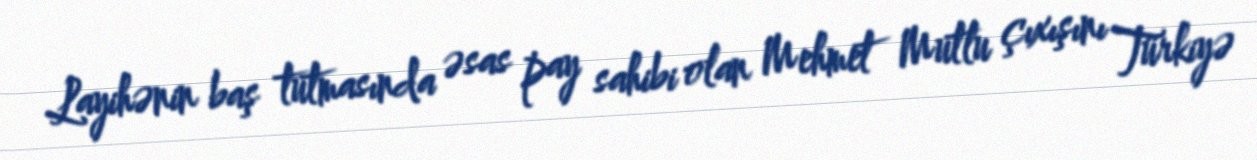
Layihənin baş tutmasında əsas pay sahibi olan Mehmet Mutlu çıxışını Türkiyə